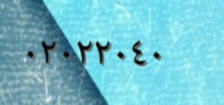
٠٢٠٢٢٠٤٠